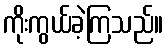
ကိုးကွယ်ခဲ့ကြသည်။